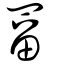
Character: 罶